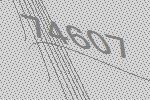
74607